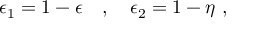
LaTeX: \epsilon _ { 1 } = 1 - \epsilon ~ ~ ~ , ~ ~ ~ \epsilon _ { 2 } = 1 - \eta ~ ,